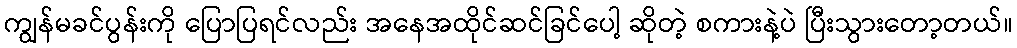
ကျွန်မခင်ပွန်းကို ပြောပြရင်လည်း အနေအထိုင်ဆင်ခြင်ပေါ့ ဆိုတဲ့ စကားနဲ့ပဲ ပြီးသွားတော့တယ်။